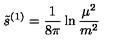
\tilde { s } ^ { ( 1 ) } = { \frac { 1 } { 8 \pi } } \ln { \frac { \mu ^ { 2 } } { m ^ { 2 } } }